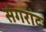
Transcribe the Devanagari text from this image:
संगरांद